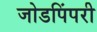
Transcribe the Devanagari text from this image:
जोडपिंपरी